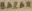
BAZAR